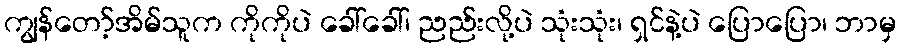
ကျွန်တော့်အိမ်သူက ကိုကိုပဲ ခေါ်ခေါ်၊ ညည်းလို့ပဲ သုံးသုံး၊ ရှင်နဲ့ပဲ ပြောပြော၊ ဘာမှ